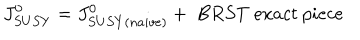
J _ { S U S Y } ^ { 0 } = J _ { S U S Y ( n a i v e ) } ^ { 0 } + \ B R S T \ e x a c t \ p i e c e